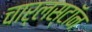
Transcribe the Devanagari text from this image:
चार्लस्टॉन